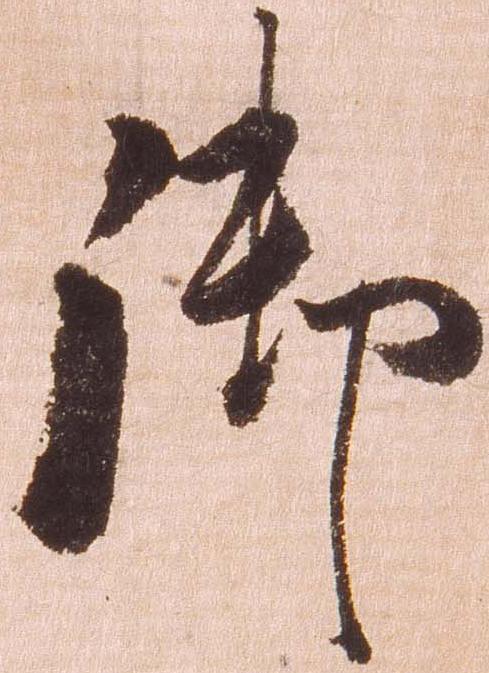
御